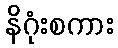
နိဂုံးစကား